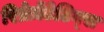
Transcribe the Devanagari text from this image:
रिप्रेज़ेंटेटिव्स